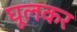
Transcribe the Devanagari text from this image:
घूलकर